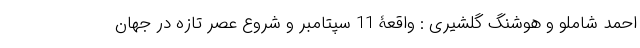
احمد شاملو و هوشنگ گلشیری : واقعۀ 11 سپتامبر و شروع عصر تازه در جهان